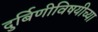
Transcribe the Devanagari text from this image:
दुर्बिणीविषयीच्या